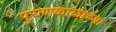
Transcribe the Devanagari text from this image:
पुराणकाळाच्या